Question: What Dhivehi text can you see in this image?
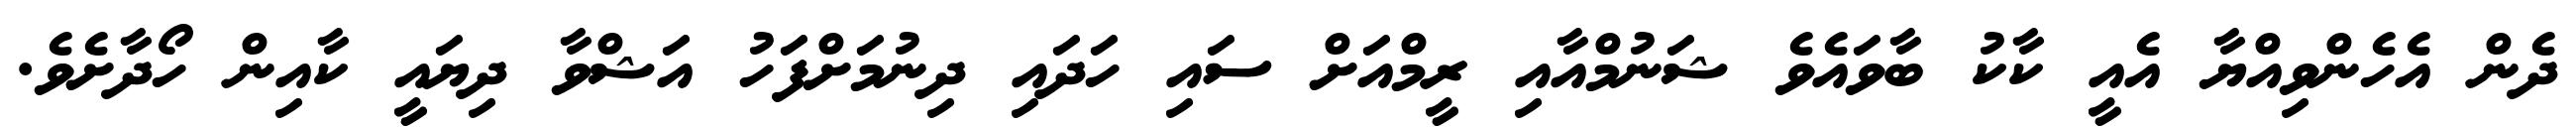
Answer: ދެން އެހެންވިއްޔާ އެއީ ކާކު ބާވައެވެ ޝަނުމްއާއި ރީމްއަށް ސައި ހަދައި ދިނުމަށްފަހު އަޝްވާ ދިޔައީ ކާއިން ހޯދާށެވެ.